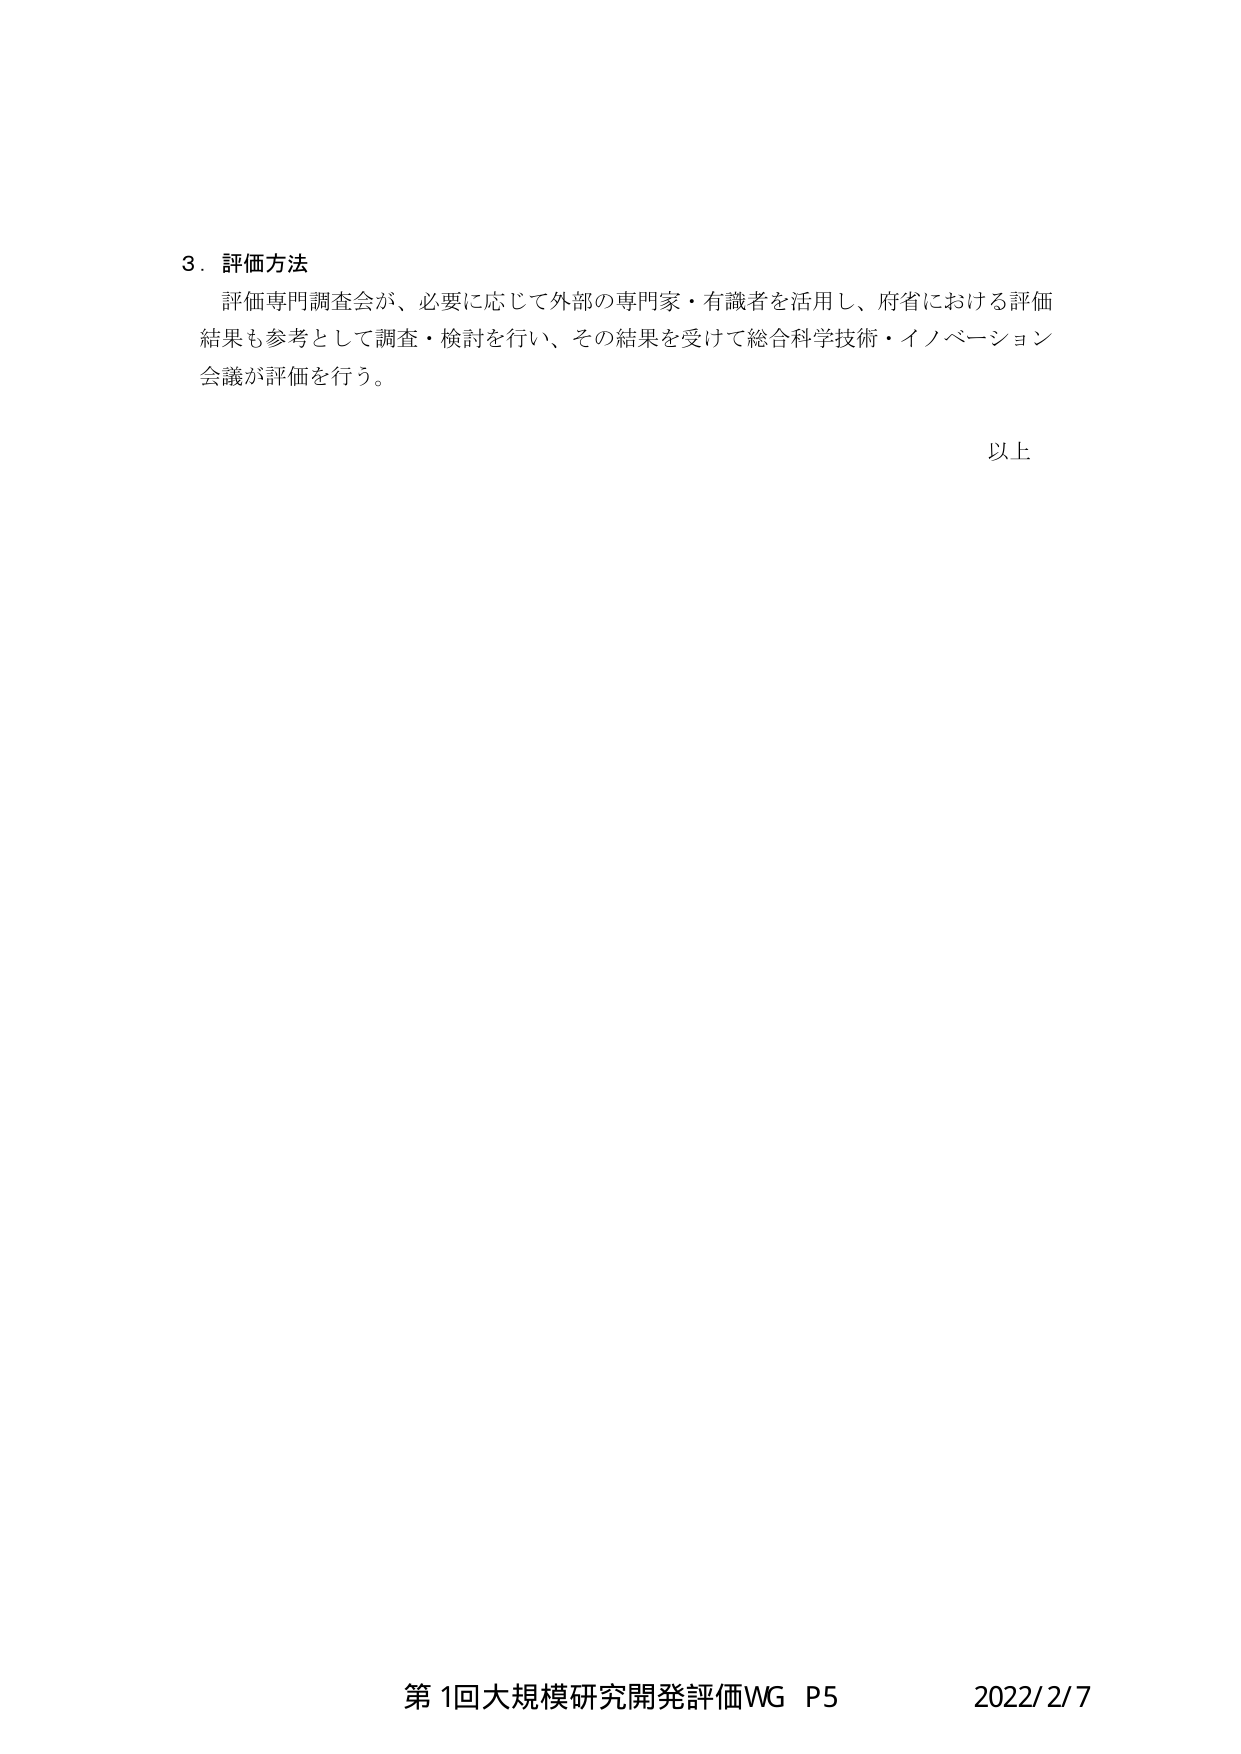
3．評価方法
評価専門調査会が、必要に応じて外部の専門家・有識者を活用し、府省における評価結果も参考として調査・検討を行い、その結果を受けて総合科学技術・イノベーション会議が評価を行う。

以上

第1回大規模研究開発評価WG P5 2022/2/7